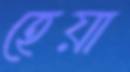
হেয়া